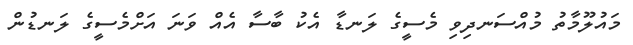
މައުލޫމާތު މުއްސަނދިވި މެސީގެ ލަނޑާ އެކު ބާސާ އެއް ވަނަ އަށްމެސީގެ ލަނޑުން